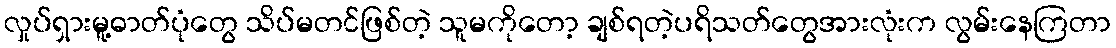
လှုပ်ရှားမူ့ဓာတ်ပုံတွေ သိပ်မတင်ဖြစ်တဲ့ သူမကိုတော့ ချစ်ရတဲ့ပရိသတ်တွေအားလုံးက လွမ်းနေကြတာ